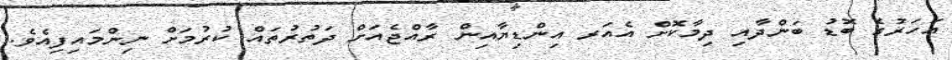
އަހަރުގެ ބޮޑު ބަންދާއި ދިމާކޮށް އެއަރ އިންޑިޔާއިން ރާއްޖެއަށް ދަތުރުތައް ކުރުމަށް ނިންމައިފިއެވެ.